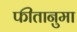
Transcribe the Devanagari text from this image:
फीतानुमा